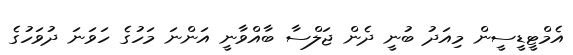
އެމްޓީޑީސީން މިއަދު ބުނީ ދެން ޖަލްސާ ބާއްވާނީ އަންނަ މަހުގެ ހަވަނަ ދުވަހުގެ